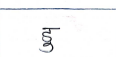
मजकूर: डु